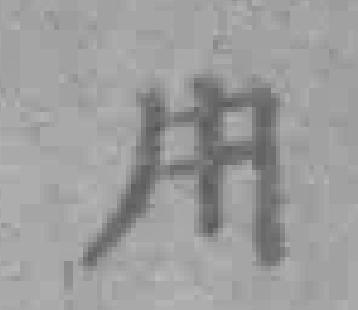
用